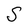
Character: S